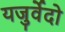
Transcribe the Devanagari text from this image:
यजुर्वेदो